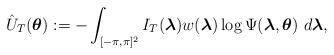
LaTeX: \begin{align*} \hat{U}_{T}(\boldsymbol{\theta}):=-\displaystyle\int_{[-\pi,\pi]^{2}} I_{T}(\boldsymbol{\lambda}) w(\boldsymbol{\lambda}) \log\Psi(\boldsymbol{\lambda},\boldsymbol{\theta}) \,\, d\boldsymbol{\lambda},\end{align*}